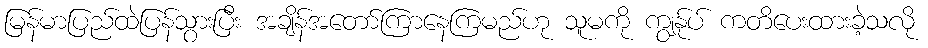
မြန်မာပြည်ထဲပြန်သွားပြီး အချိန်အတော်ကြာနေကြမည်ဟု သူမကို ကျွန်ုပ် ကတိပေးထားခဲ့သလို